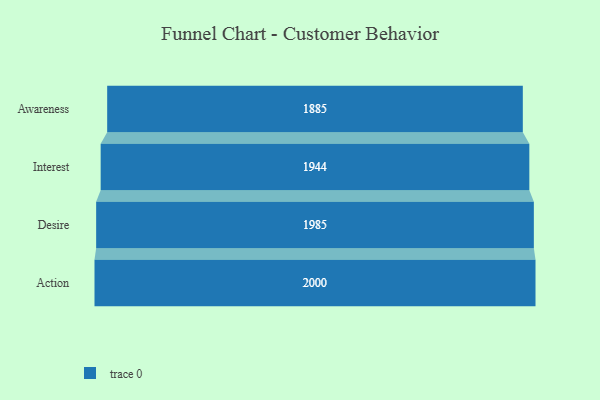
{"axis": {"x": "Stage", "y": "Value"}, "legend": [""], "data": [{"x": "Awareness", "y": 1885.0, "type": ""}, {"x": "Interest", "y": 1944.0, "type": ""}, {"x": "Desire", "y": 1985.0, "type": ""}, {"x": "Action", "y": 2000, "type": ""}]}